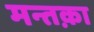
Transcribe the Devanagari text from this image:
मन्तक़ा